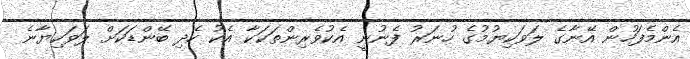
އެންމެފަހުން އޭނާގެ ލަވަކިޔުމުގެ ހުނަރު ފެނުނީ އެކުވެރިންތަކަކާ އެކު ހެދި ބޭންޑަކަށް ލަވަކިޔާނެ